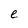
Character: e